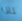
لماذا